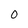
Character: 0